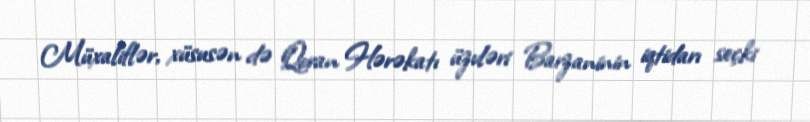
Müxaliflər, xüsusən də Qoran Hərəkatı üzvləri Barzaninin iqtidarı seçki